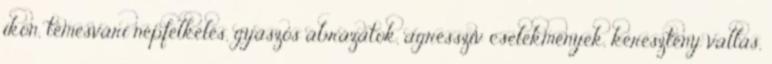
ikon, temesvári népfelkelés, gyászos ábrázatok, agresszív cselekmények, keresztény vallás,